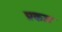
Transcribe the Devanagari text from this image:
प्रकार